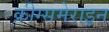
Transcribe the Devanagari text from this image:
क्रीग्समेराइन